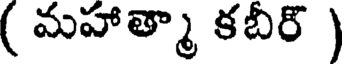
( మహాత్మా కబీర్ )